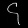
Digit: ၄